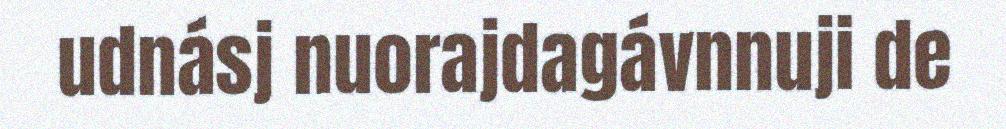
udnásj nuorajdagávnnuji de